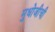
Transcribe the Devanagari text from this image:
मुधोजीची